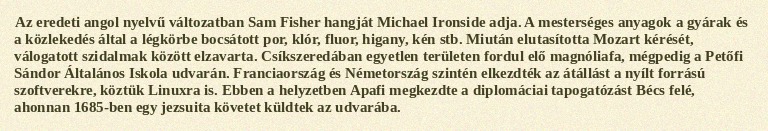
Az eredeti angol nyelvű változatban Sam Fisher hangját Michael Ironside adja. A mesterséges anyagok a gyárak és a közlekedés által a légkörbe bocsátott por, klór, fluor, higany, kén stb. Miután elutasította Mozart kérését, válogatott szidalmak között elzavarta. Csíkszeredában egyetlen területen fordul elő magnóliafa, mégpedig a Petőfi Sándor Általános Iskola udvarán. Franciaország és Németország szintén elkezdték az átállást a nyílt forrású szoftverekre, köztük Linuxra is. Ebben a helyzetben Apafi megkezdte a diplomáciai tapogatózást Bécs felé, ahonnan 1685-ben egy jezsuita követet küldtek az udvarába.